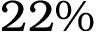
2 2 \%